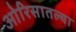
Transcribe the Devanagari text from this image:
ओरिसातल्या